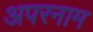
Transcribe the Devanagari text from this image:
अपरनाम